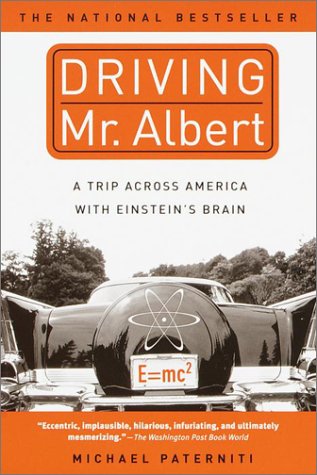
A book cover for Driving Mr. Albert: A Trip Across America with Einstein's Brain; Michael Paterniti; Biographies & Memoirs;